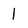
Character: 1